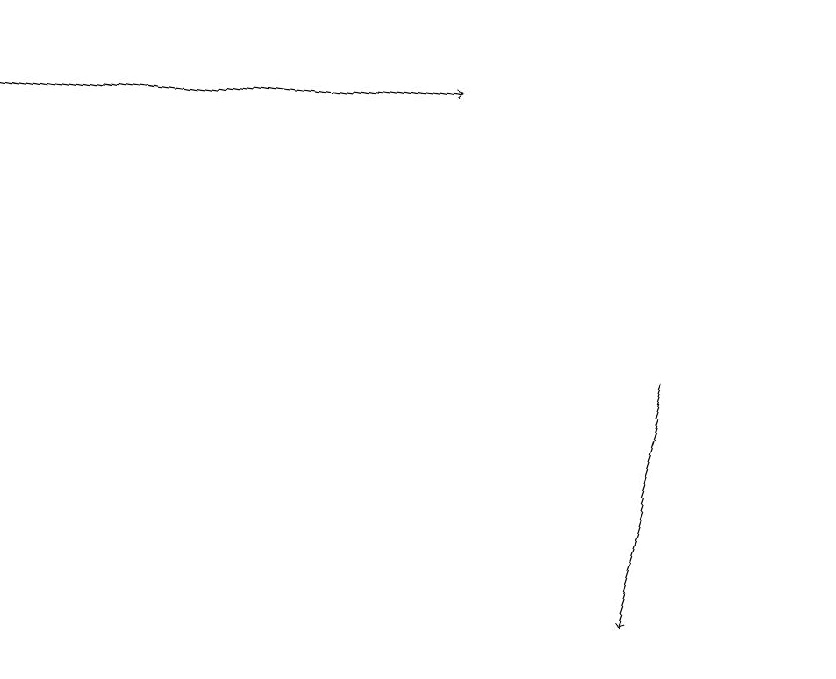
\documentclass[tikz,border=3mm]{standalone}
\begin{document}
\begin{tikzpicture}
\draw[->] (9,13) -- (8,10);
\draw[->] (1,18) -- (7,17);
\draw (11,12) circle (0);
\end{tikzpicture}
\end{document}